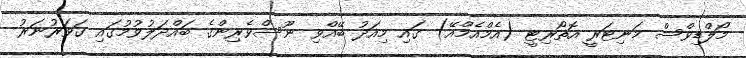
މޯލްޑިވްސް މަނިޓަރީ އޮތޯރިޓީ (އެމްއެމްއޭ) ގައި މިއަދު ބޭއްވި ނޫސްވެރިންގެ ބައްދަލުވުމުގައި ގަވަރުނަރު